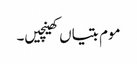
موم بتیاں کھینچیں۔